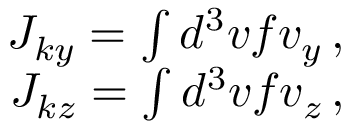
\begin{array} { r } { J _ { k y } = \int d ^ { 3 } v f v _ { y } \, , } \\ { J _ { k z } = \int d ^ { 3 } v f v _ { z } \, , } \end{array}